Punjab Mental Hospital Lahore 1922-31 - 1922-1931
Year: 1922
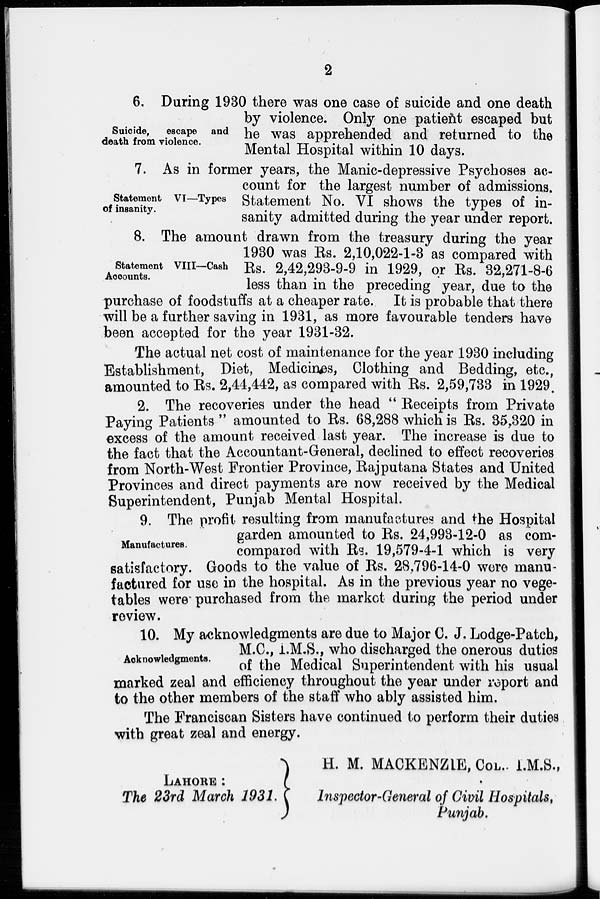
2
Suicide, escape and
death from violence.
6. During 1930 there was one case of suicide and one death
by violence. Only one patient escaped but
he was apprehended and returned to the
Mental Hospital within 10 days.
Statement VI—Types
of insanity.
7. As in former years, the Manic-depressive Psychoses ac-
count for the largest number of admissions.
Statement No. VI shows the types of in-
sanity admitted during the year under report.
Statement VIII—Cash
Accounts.
8. The amount drawn from the treasury during the year
1930 was Rs. 2,10,022-1-3 as compared with
Rs. 2,42,293-9-9 in 1929, or Rs. 32,271-8-6
less than in the preceding year, due to the
purchase of foodstuffs at a cheaper rate. It is probable that there
will be a further saving in 1931, as more favourable tenders have
been accepted for the year 1931-32.
The actual net cost of maintenance for the year 1930 including
Establishment, Diet, Medicines, Clothing and Bedding, etc.,
amounted to Rs. 2,44,442, as compared with Rs. 2,59,733 in 1929.
2. The recoveries under the head "Receipts from Private
Paying Patients" amounted to Rs. 68,288 which is Rs. 35,320 in
excess of the amount received last year. The increase is due to
the fact that the Accountant-General, declined to effect recoveries
from North-West Frontier Province, Rajputana States and United
Provinces and direct payments are now received by the Medical
Superintendent, Punjab Mental Hospital.
Manufactures.
9. The profit resulting from manufactures and the Hospital
garden amounted to Rs. 24,993-12-0 as com-
compared with Rs. 19,579-4-1 which is very
satisfactory. Goods to the value of Rs. 28,796-14-0 were manu-
factured for use in the hospital. As in the previous year no vege-
tables were purchased from the market during the period under
review.
Acknowledgments.
10. My acknowledgments are due to Major C. J. Lodge-Patch,
M.C., I.M.S., who discharged the onerous duties
of the Medical Superintendent with his usual
marked zeal and efficiency throughout the year under report and
to the other members of the staff who ably assisted him.
The Franciscan Sisters have continued to perform their duties
with great zeal and energy.
H. M. MACKENZIE, COL. I.M.S.,
LAHORE :
The 23rd March 1931. Inspector-General of Civil Hospitals.
Punjab.